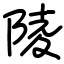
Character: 陵